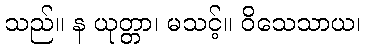
သည်။ န ယုတ္တာ၊ မသင့်။ ဝိသေသာယ၊